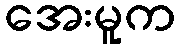
အေးမူက